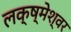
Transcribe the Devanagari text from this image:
लक्ष्मेश्‍वर